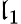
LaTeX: \mathfrak{l}_{1}